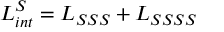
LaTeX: { \cal L } _ { i n t } ^ { S } = { \cal L } _ { S S S } + { \cal L } _ { S S S S }